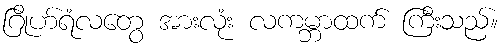
ဂြိုဟ်ရံလတွေ အားလုံး လကမ္ဘာထက် ကြီးသည်။